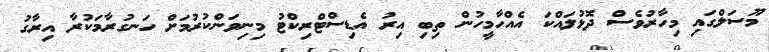
މޫސަލްގައި މިހާރުވެސް ދޮޅުލައްކަ އެއްހާމީހުން ތިބި އިރު އެޑިސްޓްރިކްޓު މިނިވަންކުރުމަށް ހަނގުރާމަކުރާ އިރާގު